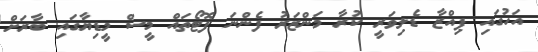
އަހުގައި ޕިއްޒާ ޑެލިވަރީ ކުރާ މަންޒަރު ފެންނަ ފޮޓޯތައް މީސް މީޑިޔާގައި ބާރަށް